Calcutta medical institutions reports 1892-1900
Year: 1892
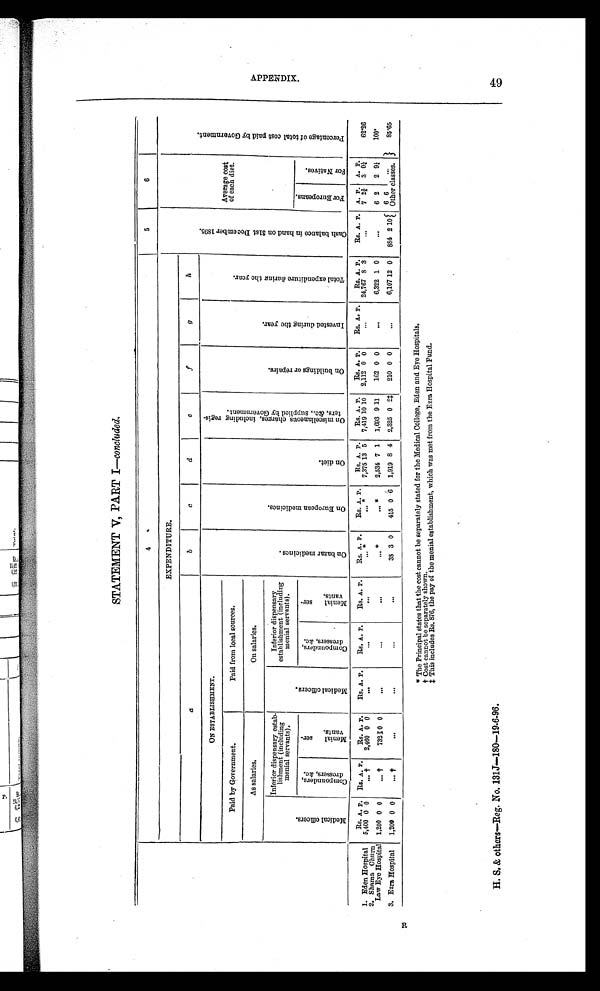
STATEMENT V, PART I—concluded.
4
5
6
EXPENDITURE.
C a s h b a l a n c e i n h a n d o n 3 1 s t D e c e m b e r 1 8 9 5 .
Average cost
of each diet.
P e r c e n t a g e o f t o t a l c o s t p a i d b y G o v e r n m e n t .
a
b
c
d
e
f
g
h
ON ESTABLISHMENT.
O n b a z a r m e d i c i n e s .
O n E u r o p e a n m e d i c i n e s .
O n d i e t .
O n m i s c e l l a n e o u s c h a r g e s , i n c l u d i n g r e g i s - t e r s , & c . , s u p p l i e d b y G o v e r n m e n t .
O n b u i l d i n g s o r r e p a i r s .
I n v e s t e d d u r i n g t h e y e a r .
T o t a l e x p e n d i t u r e d u r i n g t h e y e a r .
Paid by Government.
Paid from local sources.
As salaries.
On salaries.
M e d i c a l o f f i c e r s .
Inferior dispensary estab
-lishment (including
menial servants).
M e d i c a l o f f i c e r s .
Inferior dispensary
establishment (including
menial servants).
F o r E u r o p e a n s .
F o r N a t i v e s .
C o m p o u n d e r s , d r e s s e r s , & c .
M e n i a l s e r - v a n t s .
C o m p o u n d e r s , , d r e s s e r s , & c .
M e n i a l s e r - v a n t s .
Rs. A. P. Rs. A. P.
Rs. A. P.
Rs. A. P.
Rs. A. P.
Rs. A. P.
Rs. A. P.
Rs. A . P.
Rs. A. P.
Rs. A. P .
R s . A. P.
Rs. A. P.
R s . A. P.
Rs. A. P.
A. P.
A. P.
62.26
. . . *
7,375 13 5 7,419 10 10 2,112 0 0 . . .
24,767 8 3
. . .7 2 ¾ 3
0 ¼
. . . *
1 . E d e n H o s p i t a l 5,400 0 0
. . . †
2,460 0 0
. . .
. . .
. . .
2. Shama Churn Law Eye Hospital
1 , 2 0 0 0 0
. . .
†
7 3 2 0 0
. . .
. . .
. . .
. . . *
. . . *
2,534 7 1
1,693 9 11
162 0 0
. . . 6,322 1 0
. . .
6 2
2 9¼
100°3
. Ezra Hospital
1,200 0 0
. . .
†
. . .
. . .
. . .
. . .
3 8 3 0
415 0
6
1,919 8 4 2,325 0
2 ‡ 210 0 0
. . . 6,107 12 0
884 2 1 0 6 6
. . .
85.65
O t h e r c l a s s e s .
*The Principal states that the cost cannot be separately stated for the Medical College, Eden and Eye Hospitals.
† C o s t c a n n o t b e s e p a r a t e l y s h o w n .
‡ T h i s i n c l u d e s R s . 8 7 6 , t h e p a y o f t h e m e n i a l e s t a b l i s h m e n t , w h i c h w a s m e t f r o m t h e E z r a H o s p i t a l F u n d .
H. S. & others—Reg. No. 131J—180—19.6.96.
APPENDI X.
49